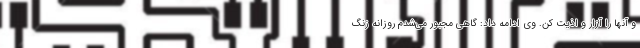
و آنها را آزار و اذیت کن. وی ادامه داد: گاهی مجبور می‌شدم روزانه زنگ